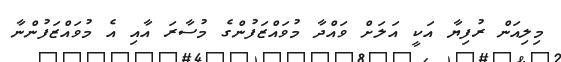
މިލިއަން ރުފިޔާ އަކީ އަލަށް ވައްދާ މުވައްޒަފުންގެ މުސާރަ އާއި އެ މުވައްޒަފުންނާ